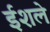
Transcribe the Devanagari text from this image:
ईशले